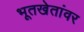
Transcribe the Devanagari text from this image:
भूतखेतांवर